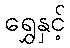
ရွှေနှင့်